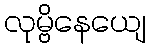
လုမ္ဗိနေယျေ